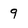
Character: 9